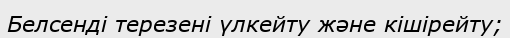
Белсенді терезені үлкейту және кішірейту;